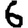
Digit: 6